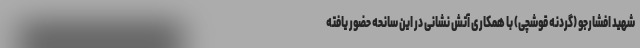
شهید افشارجو (گردنه قوشچی) با همکاری آتش نشانی در این سانحه حضور یافته